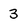
Character: 3